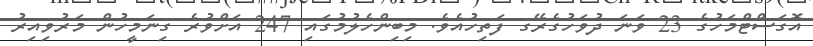
އޮގަސްޓްމަހުގެ 23 ވަނަ ދުވަހުގެރޭގ ފަތިހުއެވެ. މިބިންހެލުމުގައި 247 އަށްވުރެ ގިނަމީހުން މަރުވިއިރު